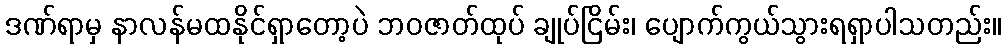
ဒဏ်ရာမှ နာလန်မထနိုင်ရှာတော့ပဲ ဘဝဇာတ်ထုပ် ချုပ်ငြိမ်း၊ ပျောက်ကွယ်သွားရရှာပါသတည်း။